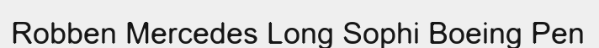
Robben Mercedes Long Sophi Boeing Pen